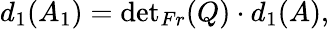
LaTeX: d_{1}(A_{1})={\operatorname*{det}}_{Fr}(Q)\cdot d_{1}(A),